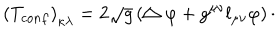
\left( T _ { c o n f } \right) _ { \kappa \lambda } = 2 \sqrt { g } \left( \bigtriangleup \varphi + g ^ { \mu \nu } l _ { \mu \nu } \varphi \right) \cdot